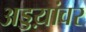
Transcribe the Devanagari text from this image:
अड्डय़ांवर